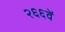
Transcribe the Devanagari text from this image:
२६६वें